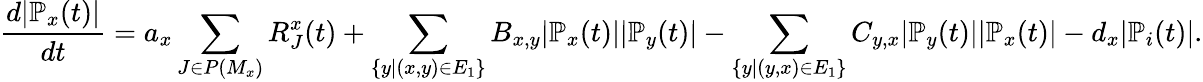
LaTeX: \frac{d|\mathbb{P}_{x}(t)|}{dt}=a_{x}\sum_{J\in P(M_{x})}R_{J}^{x}(t)+\sum_{\{ y|(x,y)\in E_{1}\} }B_{x,y}|\mathbb{P}_{x}(t)||\mathbb{P}_{y}(t)|-\sum_{\{ y|(y,x)\in E_{1}\} }C_{y,x}|\mathbb{P}_{y}(t)||\mathbb{P}_{x}(t)|-d_{x}|\mathbb{P}_{i}(t)|.